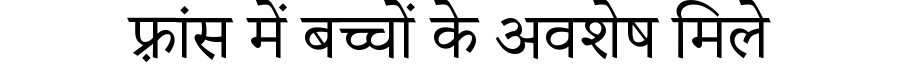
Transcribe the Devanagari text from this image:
फ़्रांस में बच्चों के अवशेष मिले